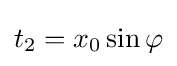
t_{2}=x_{0}\sin \varphi